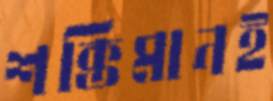
শক্তিমানই